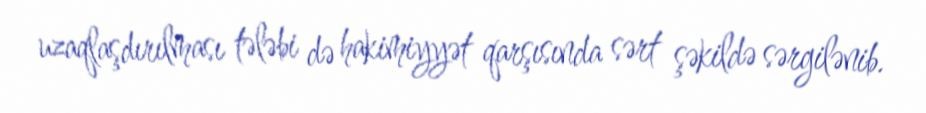
uzaqlaşdırılması tələbi də hakimiyyət qarşısında sərt şəkildə sərgilənib.